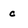
Character: c